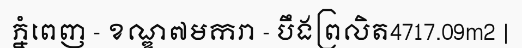
ភ្នំពេញ - ខណ្ឌ៧មករា - បឹងព្រលិត4717.09m2 |